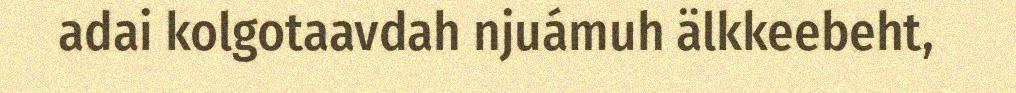
adai kolgotaavdah njuámuh älkkeebeht,